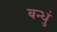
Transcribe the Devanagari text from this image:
बन्धुं